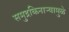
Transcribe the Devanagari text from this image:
समुद्रकिनाऱ्यामुळे